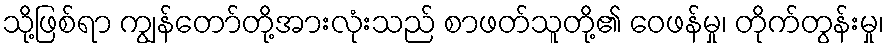
သို့ဖြစ်ရာ ကျွန်တော်တို့အားလုံးသည် စာဖတ်သူတို့၏ ဝေဖန်မှု၊ တိုက်တွန်းမှု၊